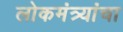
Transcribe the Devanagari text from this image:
लोकमंत्र्यांचा